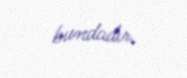
bundadır.